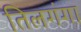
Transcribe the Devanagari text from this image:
तिलगंगा